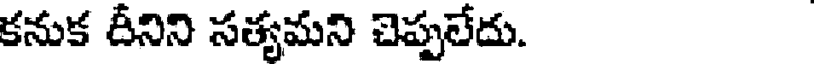
కనుక దీనిని సత్యమని చెప్పలేదు.